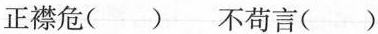
正襟危( ) 不苟言( )